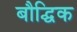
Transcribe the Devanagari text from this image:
बौद्घिक